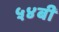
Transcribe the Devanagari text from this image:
५४बी